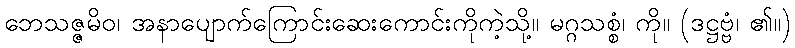
ဘေသဇ္ဇမိဝ၊ အနာပျောက်ကြောင်းဆေးကောင်းကိုကဲ့သို့။ မဂ္ဂသစ္စံ၊ ကို။ (ဒဋ္ဌဗ္ဗံ၊ ၏။)